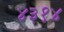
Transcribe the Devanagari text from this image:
४३१४